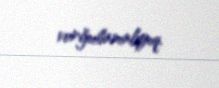
vurğulamalıyıq.